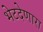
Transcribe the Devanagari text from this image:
भेटदेणारा